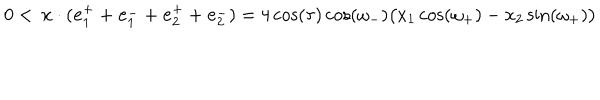
0 < \, \mathbf { x } \cdot ( \mathbf { e } _ { 1 } ^ { + } + \mathbf { e } _ { 1 } ^ { - } + \mathbf { e } _ { 2 } ^ { + } + \mathbf { e } _ { 2 } ^ { - } ) = 4 \cos ( \tau ) \cos ( \omega _ { - } ) \big ( x _ { 1 } \cos ( \omega _ { + } ) - x _ { 2 } \sin ( \omega _ { + } ) \big )